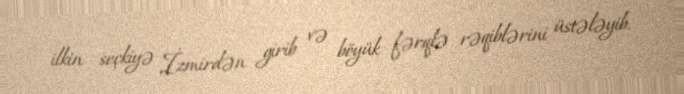
ilkin seçkiyə İzmirdən girib və böyük fərqlə rəqiblərini üstələyib.